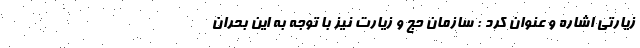
زیارتی اشاره و عنوان کرد : سازمان حج و زیارت نیز با توجه به این بحران